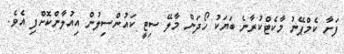
ފަށާ ކެމްޕޭނު މާކެޓްކުރާނެ ބަޔަކު ހޯދަން މާލޭ ސިޓީ ކައުންސިލުން އިއުލާންކޮށްފި އެވެ.